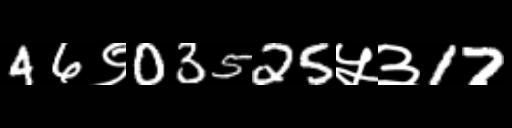
Text: 46९03525५३17